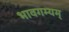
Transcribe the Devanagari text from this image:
भावगम्यम्